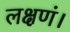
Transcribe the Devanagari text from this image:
लक्षणं।